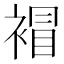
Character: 𧛕